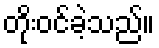
တိုးဝင်ခဲ့သည်။